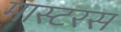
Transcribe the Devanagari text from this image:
मास्टरस